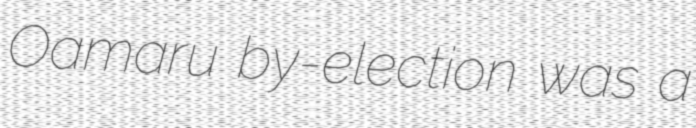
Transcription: Oamaru by-election was a